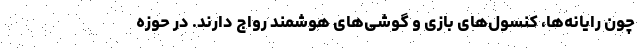
چون رایانه‌ها، کنسول‌های بازی و گوشی‌های هوشمند رواج دارند. در حوزه